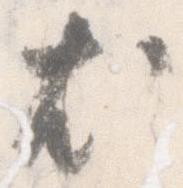
尤